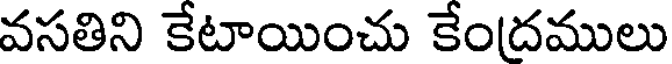
వసతిని కేటాయించు కేందములు